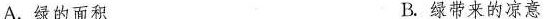
A.绿的面积 B.绿带来的凉意